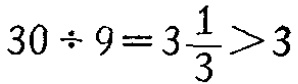
\(30\div 9=3\frac{1}{3}>3\)